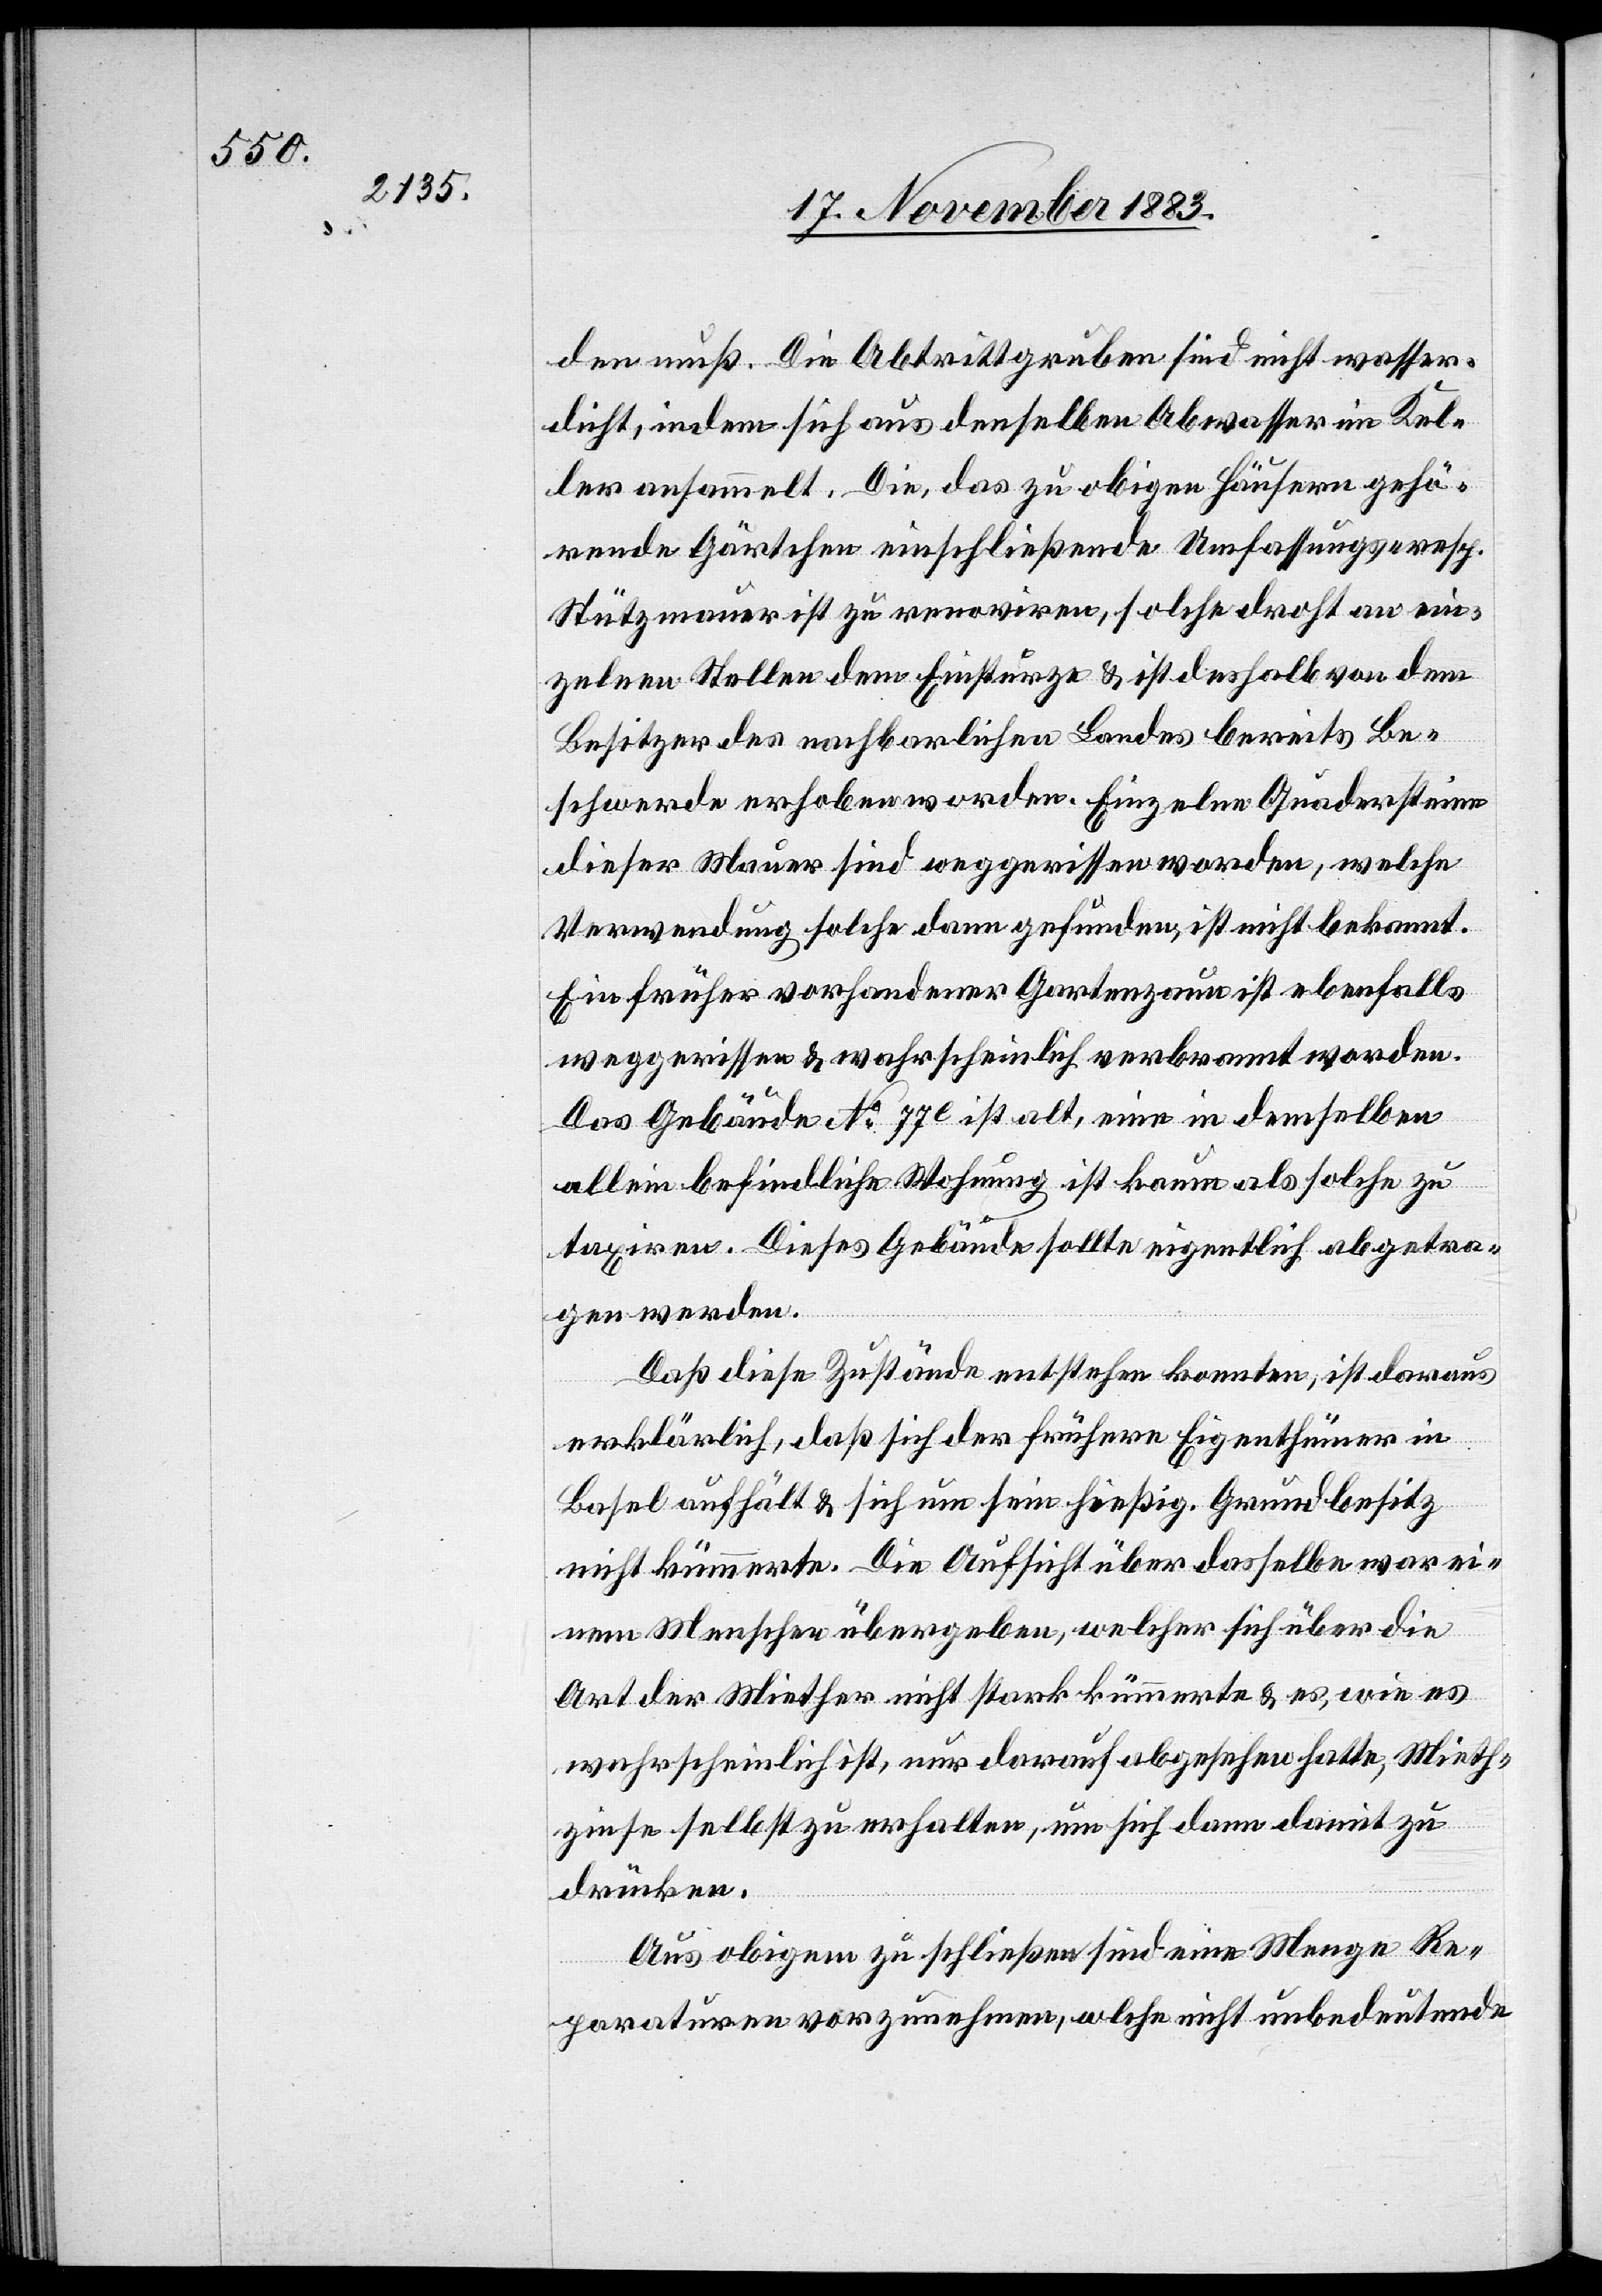
den muß. Die Abtrittgruben sind nicht wasser¬
dicht, indem sich aus denselben Abwasser im Kel¬
ler ansammelt. Die, das zu obigen Häusern gehö¬
rende Gärtchen einschließende Umfassungs- resp.
Stützmauer ist zu renoviren, solche droht an ein¬
zelnen Stellen dem Einsturze & ist deshalb von dem
Besitzer des nachbarlichen Landes bereits Be¬
schwerde erhoben worden. Einzelne Quadersteine
dieser Mauer sind weggerissen worden, welche
Verwendung solche dann gefunden, ist nicht bekannt.
Ein früher vorhandener Gartenzaun ist ebenfalls
weggerissen & wahrscheinlich verbrannt worden.
Das Gebäude No 77e ist alt, eine in demselben
allein befindliche Wohnung ist kaum als solche zu
taxiren. Dieses Gebäude sollte eigentlich abgetra¬
gen werden.
Daß diese Zustände entstehen konnten, ist daraus
erklärlich, daß sich der frühere Eigenthümer in
Basel aufhält & sich um sein hießig. Grundbesitz
nicht kümmerte. Die Aufsicht über dasselbe war ei¬
nem Menschen übergeben, welcher sich über die
Art der Miether nicht stark kümmerte & es, wie es
wahrscheinlich ist, nur darauf abgesehen hatte, Mieth¬
zinse selbst zu erhalten, um sich dann damit zu
drücken.
Aus obigem zu schließen sind eine Menge Re¬
paraturen vorzunehmen, w[e]lche nicht, unbedeutende